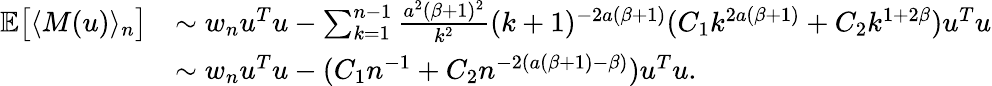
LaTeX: \begin{array}{rl}{\mathbb{E}\big[\langle M(u)\rangle_{n}\big]}&{\sim w_{n}u^{T}u-\sum_{k=1}^{n-1}\frac{a^{2}(\beta+1)^{2}}{k^{2}}(k+1)^{-2a(\beta+1)}(C_{1}k^{2a(\beta+1)}+C_{2}k^{1+2\beta})u^{T}u}\\ &{\sim w_{n}u^{T}u-(C_{1}n^{-1}+C_{2}n^{-2(a(\beta+1)-\beta)})u^{T}u.}\end{array}